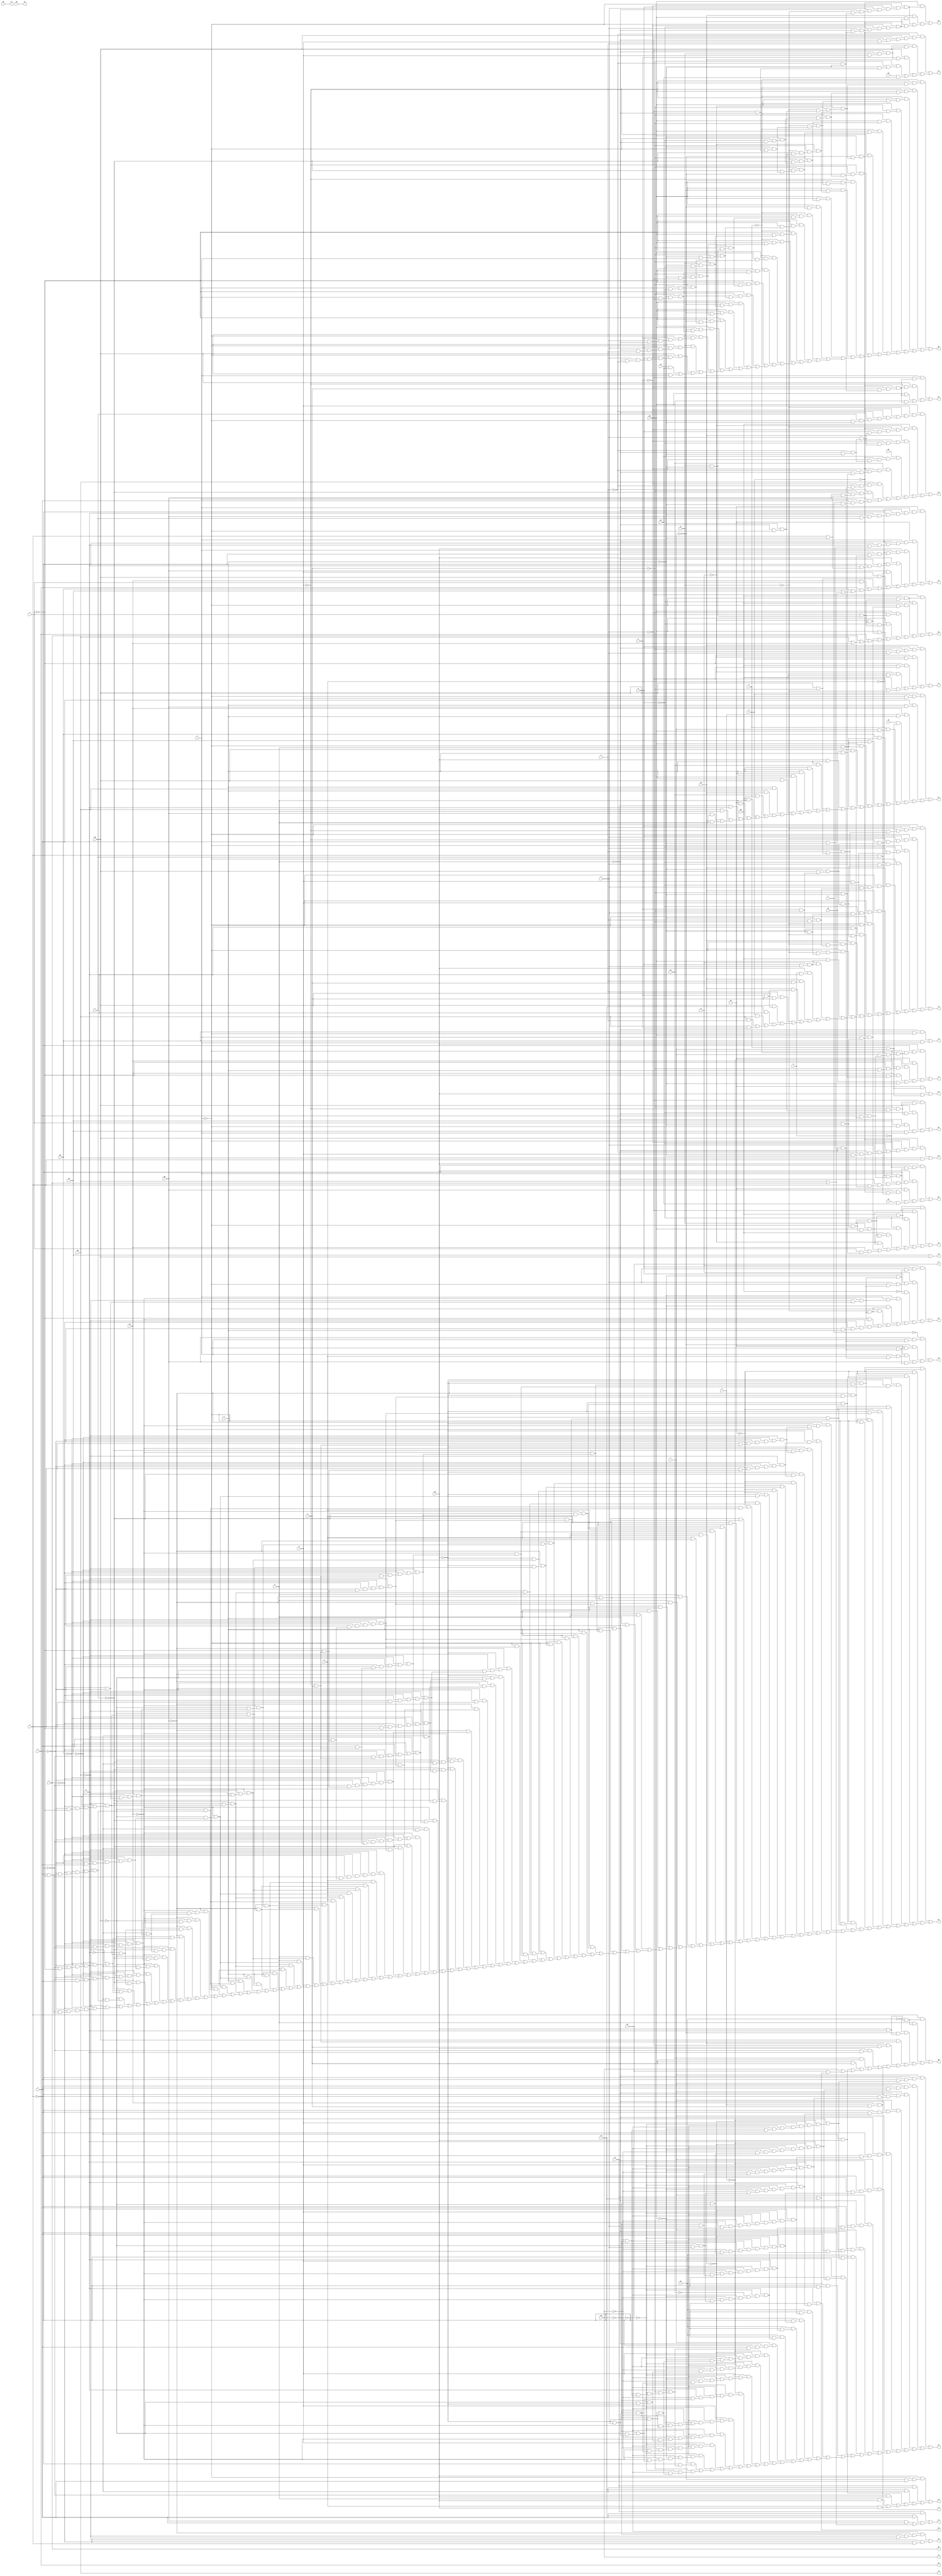
// IWLS benchmark module "x1" printed on Wed May 29 17:30:36 2002
module x1(a, b, c, d, e, f, g, h, i, j, k, l, m, n, o, p, q, r, s, t, u, v, w, y, z, a0, b0, c0, d0, e0, f0, g0, h0, i0, j0, k0, l0, m0, n0, o0, p0, q0, r0, s0, t0, u0, v0, w0, x0, y0, z0, a1, b1, c1, d1, e1, f1, g1, h1, i1, j1, k1, l1, m1, n1, o1, p1, q1, r1, s1, t1, u1, v1, w1, x1, y1, z1, a2, b2, c2, d2, e2, f2, g2, h2, i2);
input
  a,
  b,
  c,
  d,
  e,
  f,
  g,
  h,
  i,
  j,
  k,
  l,
  m,
  n,
  o,
  p,
  q,
  r,
  s,
  t,
  u,
  v,
  w,
  y,
  z,
  a0,
  b0,
  c0,
  d0,
  e0,
  f0,
  g0,
  h0,
  i0,
  j0,
  k0,
  l0,
  m0,
  n0,
  o0,
  p0,
  q0,
  r0,
  s0,
  t0,
  u0,
  v0,
  w0,
  x0,
  y0,
  z0;
output
  a1,
  a2,
  b1,
  b2,
  c1,
  c2,
  d1,
  d2,
  e1,
  e2,
  f1,
  f2,
  g1,
  g2,
  h1,
  h2,
  i1,
  i2,
  j1,
  k1,
  l1,
  m1,
  n1,
  o1,
  p1,
  q1,
  r1,
  s1,
  t1,
  u1,
  v1,
  w1,
  x1,
  y1,
  z1;
wire
  \[5] ,
  \[6] ,
  \[7] ,
  \[21] ,
  \[22] ,
  \[23] ,
  \[24] ,
  \[25] ,
  \[26] ,
  \[27] ,
  \[29] ,
  \[30] ,
  \[31] ,
  \[32] ,
  \[33] ,
  \[34] ,
  \[10] ,
  \[11] ,
  \[12] ,
  \[13] ,
  \[14] ,
  \[0] ,
  \[1] ,
  \[17] ,
  \[2] ,
  \[18] ,
  \[3] ,
  \[4] ;
assign
  \[5]  = (e0 & (p & (~m & (~h & (~a & o))))) | ((~i & (~q & q0)) | ((~i & (q0 & ~o)) | ((~q & (q0 & ~g)) | (q0 & (~o & ~g))))),
  \[6]  = (~s & (~d & (p0 & (~q & (~h & (~g & (~a & (~v & ~m)))))))) | ((~s & (~d & (p0 & (~h & (~g & (~a & (~v & (~p & ~m)))))))) | ((~s & (~d & (p0 & (~h & (~g & (~a & (~v & (~o & ~m)))))))) | ((~s & (p0 & (~q & (~h & (~g & (~c & (~a & (~v & ~m)))))))) | ((~s & (p0 & (~h & (~g & (~c & (~a & (~v & (~p & ~m)))))))) | ((~s & (p0 & (~h & (~g & (~c & (~a & (~v & (~o & ~m)))))))) | ((~d & (p0 & (~r & (~q & (~h & (~g & (~a & (~v & ~m)))))))) | ((~d & (p0 & (~r & (~h & (~g & (~a & (~v & (~p & ~m)))))))) | ((~d & (p0 & (~r & (~h & (~g & (~a & (~v & (~o & ~m)))))))) | ((p0 & (~r & (~q & (~h & (~g & (~c & (~a & (~v & ~m)))))))) | ((p0 & (~r & (~h & (~g & (~c & (~a & (~v & (~p & ~m)))))))) | ((p0 & (~r & (~h & (~g & (~c & (~a & (~v & (~o & ~m)))))))) | ((~s & (~i & (p0 & (~q & (~h & (g & ~a)))))) | ((~s & (~i & (p0 & (~q & (~h & (~a & v)))))) | ((~s & (~i & (p0 & (~h & (g & (~a & ~p)))))) | ((~s & (~i & (p0 & (~h & (g & (~a & ~o)))))) | ((~s & (~i & (p0 & (~h & (~a & (v & ~p)))))) | ((~s & (~i & (p0 & (~h & (~a & (v & ~o)))))) | ((~i & (p0 & (~r & (~q & (~h & (g & ~a)))))) | ((~i & (p0 & (~r & (~q & (~h & (~a & v)))))) | ((~i & (p0 & (~r & (~h & (g & (~a & ~p)))))) | ((~i & (p0 & (~r & (~h & (g & (~a & ~o)))))) | ((~i & (p0 & (~r & (~h & (~a & (v & ~p)))))) | ((~i & (p0 & (~r & (~h & (~a & (v & ~o)))))) | ((g & (d0 & (~v & (u & (p & (o & ~m)))))) | ((g & (d0 & (~v & (p & (o & (~m & e)))))) | ((d0 & (~v & (~u & (p & (o & (~m & ~e)))))) | ((v0 & o0) | (d0 & v)))))))))))))))))))))))))))),
  \[7]  = (e0 & (~o & (~w & (~u & (h & (~e & ~a)))))) | ((d0 & (~d & (~w & (~u & (h & (~e & ~a)))))) | ((p0 & (~w & (~u & (h & (~e & ~a))))) | (s0 & (~w & (~u & (h & (~e & ~a))))))),
  \[21]  = (~f & (g0 & (v & (~m & (~j & ~a))))) | ((~r & (k0 & (~v & (~m & (~j & ~a))))) | ((k0 & (v & (n & (~m & (~j & ~a))))) | (g0 & (~v & (~m & (~j & ~a)))))),
  \[22]  = (k0 & (s & r)) | (a0 & (s & r)),
  \[23]  = (r0 & ~j) | ((f0 & ~j) | ((g0 & ~j) | (h0 | z))),
  \[24]  = (~r0 & (~g0 & (~f0 & (~h0 & ~z)))) | (~h0 & (~z & j)),
  \[25]  = c0 | d0,
  \[26]  = r0 | f0,
  \[27]  = (p0 & (~w & (~v & (~u & (p & (o & (~m & (~g & (~e & ~a))))))))) | ((e0 & (~w & (~v & (~u & (p & (o & (~m & (~g & (~e & ~a))))))))) | ((p0 & (~w & (~v & (~u & (~p & (o & (~m & (~e & ~a)))))))) | (e0 & (~w & (~v & (~u & (~p & (o & (~m & (~e & ~a)))))))))),
  \[29]  = (~o & (q0 & (~v & (i & (g & ~a))))) | ((~p & (q0 & (~v & (i & (g & ~a))))) | ((q0 & (~v & (~q & (i & (g & ~a))))) | ((p0 & (~o & (i & (g & ~a)))) | ((p0 & (~p & (i & (g & ~a)))) | ((p0 & (~q & (i & (g & ~a)))) | ((p0 & (v & (i & ~a))) | (y | (z | (h0 | i0))))))))),
  a1 = \[0] ,
  a2 = \[26] ,
  b1 = \[1] ,
  b2 = \[27] ,
  c1 = \[2] ,
  c2 = h0,
  d1 = \[3] ,
  d2 = \[29] ,
  e1 = \[4] ,
  e2 = \[30] ,
  f1 = \[5] ,
  f2 = \[31] ,
  g1 = \[6] ,
  \[30]  = (q & (p & (o & (~p0 & (~i0 & (~h0 & (~z & ~y))))))) | ((q & (p & (o & (~v & (~i0 & (~h0 & (~z & ~y))))))) | ((~q0 & (~p0 & (~i0 & (~h0 & (~z & ~y))))) | ((~p0 & (v & (~i0 & (~h0 & (~z & ~y))))) | ((~p0 & (~g & (~i0 & (~h0 & (~z & ~y))))) | ((~v & (~g & (~i0 & (~h0 & (~z & ~y))))) | ((~i & (~i0 & (~h0 & (~z & ~y)))) | (~i0 & (~h0 & (~z & (~y & a)))))))))),
  g2 = \[32] ,
  h1 = \[7] ,
  \[31]  = (r & (~m & (l & (~j & (b & (~t & (~e0 & (d & (~x0 & (~s0 & (~r0 & (~p0 & (~m0 & ~f0))))))))))))) | ((r & (~m & (l & (~j & (b & (~t & (~e0 & (~x0 & (~s0 & (~r0 & (~p0 & (~m0 & (~f0 & ~d0))))))))))))) | ((r & (~m & (l & (~j & (b & (~t & (d & (~x0 & (~s0 & (~r0 & (~p0 & (~m0 & (~f0 & o))))))))))))) | ((r & (~m & (l & (~j & (b & (~t & (~x0 & (~s0 & (~r0 & (~p0 & (~m0 & (~f0 & (~d0 & o))))))))))))) | ((r & (~m & (l & (~j & (b & (~e0 & (d & (~x0 & (~s0 & (~r0 & (~p0 & (~m0 & (~i0 & ~f0))))))))))))) | ((r & (~m & (l & (~j & (b & (~e0 & (~x0 & (~s0 & (~r0 & (~p0 & (~m0 & (~i0 & (~f0 & ~d0))))))))))))) | ((r & (~m & (l & (~j & (b & (d & (~x0 & (~s0 & (~r0 & (~p0 & (~m0 & (~i0 & (~f0 & o))))))))))))) | ((r & (~m & (l & (~j & (b & (~x0 & (~s0 & (~r0 & (~p0 & (~m0 & (~i0 & (~f0 & (~d0 & o))))))))))))) | ((z0 & (l & (b & (~t & (~e0 & (d & (~x0 & (~s0 & (~r0 & (~p0 & (~m0 & ~f0))))))))))) | ((z0 & (l & (b & (~t & (~e0 & (~x0 & (~s0 & (~r0 & (~p0 & (~m0 & (~f0 & ~d0))))))))))) | ((z0 & (l & (b & (~t & (d & (~x0 & (~s0 & (~r0 & (~p0 & (~m0 & (~f0 & o))))))))))) | ((z0 & (l & (b & (~t & (~x0 & (~s0 & (~r0 & (~p0 & (~m0 & (~f0 & (~d0 & o))))))))))) | ((z0 & (l & (b & (~e0 & (d & (~x0 & (~s0 & (~r0 & (~p0 & (~m0 & (~i0 & ~f0))))))))))) | ((z0 & (l & (b & (~e0 & (~x0 & (~s0 & (~r0 & (~p0 & (~m0 & (~i0 & (~f0 & ~d0))))))))))) | ((z0 & (l & (b & (d & (~x0 & (~s0 & (~r0 & (~p0 & (~m0 & (~i0 & (~f0 & o))))))))))) | ((z0 & (l & (b & (~x0 & (~s0 & (~r0 & (~p0 & (~m0 & (~i0 & (~f0 & (~d0 & o))))))))))) | ((r & (~m & (l & (~j & (b & (~h & (~x0 & (~r0 & (~m0 & ~f0))))))))) | ((~t & (~e0 & (d & (~x0 & (~s0 & (~r0 & (~p0 & (~m0 & (~f0 & ~a0))))))))) | ((~t & (~e0 & (~x0 & (~s0 & (~r0 & (~p0 & (~m0 & (~f0 & (~d0 & ~a0))))))))) | ((~t & (d & (~x0 & (~s0 & (~r0 & (~p0 & (~m0 & (~f0 & (~a0 & o))))))))) | ((~t & (~x0 & (~s0 & (~r0 & (~p0 & (~m0 & (~f0 & (~d0 & (~a0 & o))))))))) | ((~e0 & (d & (~x0 & (~s0 & (~r0 & (~p0 & (~m0 & (~i0 & (~f0 & ~a0))))))))) | ((~e0 & (~x0 & (~s0 & (~r0 & (~p0 & (~m0 & (~i0 & (~f0 & (~d0 & ~a0))))))))) | ((d & (~x0 & (~s0 & (~r0 & (~p0 & (~m0 & (~i0 & (~f0 & (~a0 & o))))))))) | ((~x0 & (~s0 & (~r0 & (~p0 & (~m0 & (~i0 & (~f0 & (~d0 & (~a0 & o))))))))) | ((z0 & (l & (b & (~h & (~x0 & (~r0 & (~m0 & ~f0))))))) | (~h & (~x0 & (~r0 & (~m0 & (~f0 & ~a0)))))))))))))))))))))))))))))),
  h2 = \[33] ,
  i1 = m0,
  \[32]  = (j & (~z0 & (a0 & b))) | ((m & (~z0 & (a0 & b))) | ((~z0 & (~r & (a0 & b))) | ((d0 & (~d & h)) | ((e0 & (~o & h)) | ((i0 & (t & h)) | ((a0 & (~l & b)) | ((s0 & h) | ((p0 & h) | ((a0 & ~b) | (m0 | (x0 | (r0 | f0)))))))))))),
  i2 = \[34] ,
  j1 = n0,
  \[33]  = (~k0 & (~g0 & (~a0 & (~i0 & (~h0 & (~c0 & (~b0 & (~z & (~y & (h & ~d)))))))))) | ((~k0 & (~g0 & (~a0 & (~h0 & (~c0 & (~b0 & (~z & (~y & (~i & (h & ~d)))))))))) | ((~k0 & (~a0 & (~i0 & (~c & (~h0 & (~c0 & (~b0 & (~z & (~y & (h & ~d)))))))))) | ((~k0 & (~a0 & (~i0 & (~h0 & (~c0 & (~b0 & (~z & (~y & (~j & (h & ~d)))))))))) | ((~k0 & (~a0 & (~c & (~h0 & (~c0 & (~b0 & (~z & (~y & (~i & (h & ~d)))))))))) | ((~k0 & (~a0 & (~h0 & (~c0 & (~b0 & (~z & (~y & (~j & (~i & (h & ~d)))))))))) | ((~v & (~g0 & (~a0 & (~i0 & (~h0 & (~c0 & (~b0 & (~z & (~y & (h & ~d)))))))))) | ((~v & (~g0 & (~a0 & (~h0 & (~c0 & (~b0 & (~z & (~y & (~i & (h & ~d)))))))))) | ((~v & (~a0 & (~i0 & (~c & (~h0 & (~c0 & (~b0 & (~z & (~y & (h & ~d)))))))))) | ((~v & (~a0 & (~c & (~h0 & (~c0 & (~b0 & (~z & (~y & (~i & (h & ~d)))))))))) | ((~g0 & (~a0 & (~i0 & (~h0 & (~c0 & (~b0 & (~z & (~y & (j & (h & ~d)))))))))) | ((~g0 & (~a0 & (~h0 & (~c0 & (~b0 & (~z & (~y & (j & (~i & (h & ~d)))))))))) | ((~a0 & (~i0 & (~c & (~h0 & (~c0 & (~b0 & (~z & (~y & (j & (h & ~d)))))))))) | ((~a0 & (~c & (~h0 & (~c0 & (~b0 & (~z & (~y & (j & (~i & (h & ~d)))))))))) | ((~k0 & (~g0 & (~a0 & (~i0 & (~d0 & (~h0 & (~c0 & (~b0 & (~z & ~y))))))))) | ((~k0 & (~g0 & (~a0 & (~d0 & (~h0 & (~c0 & (~b0 & (~z & (~y & ~i))))))))) | ((~k0 & (~a0 & (~i0 & (~d0 & (~c & (~h0 & (~c0 & (~b0 & (~z & ~y))))))))) | ((~k0 & (~a0 & (~i0 & (~d0 & (~h0 & (~c0 & (~b0 & (~z & (~y & ~j))))))))) | ((~k0 & (~a0 & (~d0 & (~c & (~h0 & (~c0 & (~b0 & (~z & (~y & ~i))))))))) | ((~k0 & (~a0 & (~d0 & (~h0 & (~c0 & (~b0 & (~z & (~y & (~j & ~i))))))))) | ((n & (~g0 & (~i0 & (~h0 & (~c0 & (~b0 & (~z & (~y & (h & ~d))))))))) | ((n & (~g0 & (~h0 & (~c0 & (~b0 & (~z & (~y & (~i & (h & ~d))))))))) | ((n & (~i0 & (~c & (~h0 & (~c0 & (~b0 & (~z & (~y & (h & ~d))))))))) | ((n & (~i0 & (~h0 & (~c0 & (~b0 & (~z & (~y & (~j & (h & ~d))))))))) | ((n & (~c & (~h0 & (~c0 & (~b0 & (~z & (~y & (~i & (h & ~d))))))))) | ((n & (~h0 & (~c0 & (~b0 & (~z & (~y & (~j & (~i & (h & ~d))))))))) | ((m & (~g0 & (~i0 & (~h0 & (~c0 & (~b0 & (~z & (~y & (h & ~d))))))))) | ((m & (~g0 & (~h0 & (~c0 & (~b0 & (~z & (~y & (~i & (h & ~d))))))))) | ((m & (~i0 & (~c & (~h0 & (~c0 & (~b0 & (~z & (~y & (h & ~d))))))))) | ((m & (~i0 & (~h0 & (~c0 & (~b0 & (~z & (~y & (~j & (h & ~d))))))))) | ((m & (~c & (~h0 & (~c0 & (~b0 & (~z & (~y & (~i & (h & ~d))))))))) | ((m & (~h0 & (~c0 & (~b0 & (~z & (~y & (~j & (~i & (h & ~d))))))))) | ((a & (~g0 & (~i0 & (~h0 & (~c0 & (~b0 & (~z & (~y & (h & ~d))))))))) | ((a & (~g0 & (~h0 & (~c0 & (~b0 & (~z & (~y & (~i & (h & ~d))))))))) | ((a & (~i0 & (~c & (~h0 & (~c0 & (~b0 & (~z & (~y & (h & ~d))))))))) | ((a & (~i0 & (~h0 & (~c0 & (~b0 & (~z & (~y & (~j & (h & ~d))))))))) | ((a & (~c & (~h0 & (~c0 & (~b0 & (~z & (~y & (~i & (h & ~d))))))))) | ((a & (~h0 & (~c0 & (~b0 & (~z & (~y & (~j & (~i & (h & ~d))))))))) | ((~v & (~g0 & (~a0 & (~i0 & (~d0 & (~h0 & (~c0 & (~b0 & (~z & ~y))))))))) | ((~v & (~g0 & (~a0 & (~d0 & (~h0 & (~c0 & (~b0 & (~z & (~y & ~i))))))))) | ((~v & (~a0 & (~i0 & (~d0 & (~c & (~h0 & (~c0 & (~b0 & (~z & ~y))))))))) | ((~v & (~a0 & (~d0 & (~c & (~h0 & (~c0 & (~b0 & (~z & (~y & ~i))))))))) | ((~v & (~i0 & (~h0 & (~c0 & (~b0 & (~z & (~y & (~j & (h & ~d))))))))) | ((~v & (~h0 & (~c0 & (~b0 & (~z & (~y & (~j & (~i & (h & ~d))))))))) | ((~g0 & (~a0 & (~i0 & (~d0 & (~h0 & (~c0 & (~b0 & (~z & (~y & j))))))))) | ((~g0 & (~a0 & (~d0 & (~h0 & (~c0 & (~b0 & (~z & (~y & (j & ~i))))))))) | ((~g0 & (~i0 & (~b & (~h0 & (~c0 & (~b0 & (~z & (~y & (h & ~d))))))))) | ((~g0 & (~i0 & (~h0 & (~c0 & (~b0 & (~z & (~y & (~l & (h & ~d))))))))) | ((~g0 & (~b & (~h0 & (~c0 & (~b0 & (~z & (~y & (~i & (h & ~d))))))))) | ((~g0 & (~h0 & (~c0 & (~b0 & (~z & (~y & (~l & (~i & (h & ~d))))))))) | ((~a0 & (~i0 & (~d0 & (~c & (~h0 & (~c0 & (~b0 & (~z & (~y & j))))))))) | ((~a0 & (~d0 & (~c & (~h0 & (~c0 & (~b0 & (~z & (~y & (j & ~i))))))))) | ((~i0 & (~c & (~b & (~h0 & (~c0 & (~b0 & (~z & (~y & (h & ~d))))))))) | ((~i0 & (~c & (~h0 & (~c0 & (~b0 & (~z & (~y & (~l & (h & ~d))))))))) | ((~i0 & (~b & (~h0 & (~c0 & (~b0 & (~z & (~y & (~j & (h & ~d))))))))) | ((~i0 & (~h0 & (~c0 & (~b0 & (~z & (~y & (~l & (~j & (h & ~d))))))))) | ((~c & (~b & (~h0 & (~c0 & (~b0 & (~z & (~y & (~i & (h & ~d))))))))) | ((~c & (~h0 & (~c0 & (~b0 & (~z & (~y & (~l & (~i & (h & ~d))))))))) | ((~b & (~h0 & (~c0 & (~b0 & (~z & (~y & (~j & (~i & (h & ~d))))))))) | ((~h0 & (~c0 & (~b0 & (~z & (~y & (~l & (~j & (~i & (h & ~d))))))))) | ((n & (~g0 & (~i0 & (~d0 & (~h0 & (~c0 & (~b0 & (~z & ~y)))))))) | ((n & (~g0 & (~d0 & (~h0 & (~c0 & (~b0 & (~z & (~y & ~i)))))))) | ((n & (~i0 & (~d0 & (~c & (~h0 & (~c0 & (~b0 & (~z & ~y)))))))) | ((n & (~i0 & (~d0 & (~h0 & (~c0 & (~b0 & (~z & (~y & ~j)))))))) | ((n & (~d0 & (~c & (~h0 & (~c0 & (~b0 & (~z & (~y & ~i)))))))) | ((n & (~d0 & (~h0 & (~c0 & (~b0 & (~z & (~y & (~j & ~i)))))))) | ((m & (~g0 & (~i0 & (~d0 & (~h0 & (~c0 & (~b0 & (~z & ~y)))))))) | ((m & (~g0 & (~d0 & (~h0 & (~c0 & (~b0 & (~z & (~y & ~i)))))))) | ((m & (~i0 & (~d0 & (~c & (~h0 & (~c0 & (~b0 & (~z & ~y)))))))) | ((m & (~i0 & (~d0 & (~h0 & (~c0 & (~b0 & (~z & (~y & ~j)))))))) | ((m & (~d0 & (~c & (~h0 & (~c0 & (~b0 & (~z & (~y & ~i)))))))) | ((m & (~d0 & (~h0 & (~c0 & (~b0 & (~z & (~y & (~j & ~i)))))))) | ((a & (~g0 & (~i0 & (~d0 & (~h0 & (~c0 & (~b0 & (~z & ~y)))))))) | ((a & (~g0 & (~d0 & (~h0 & (~c0 & (~b0 & (~z & (~y & ~i)))))))) | ((a & (~i0 & (~d0 & (~c & (~h0 & (~c0 & (~b0 & (~z & ~y)))))))) | ((a & (~i0 & (~d0 & (~h0 & (~c0 & (~b0 & (~z & (~y & ~j)))))))) | ((a & (~d0 & (~c & (~h0 & (~c0 & (~b0 & (~z & (~y & ~i)))))))) | ((a & (~d0 & (~h0 & (~c0 & (~b0 & (~z & (~y & (~j & ~i)))))))) | ((~v & (~i0 & (~d0 & (~h0 & (~c0 & (~b0 & (~z & (~y & ~j)))))))) | ((~v & (~d0 & (~h0 & (~c0 & (~b0 & (~z & (~y & (~j & ~i)))))))) | ((~g0 & (~i0 & (~d0 & (~b & (~h0 & (~c0 & (~b0 & (~z & ~y)))))))) | ((~g0 & (~i0 & (~d0 & (~h0 & (~c0 & (~b0 & (~z & (~y & ~l)))))))) | ((~g0 & (~d0 & (~b & (~h0 & (~c0 & (~b0 & (~z & (~y & ~i)))))))) | ((~g0 & (~d0 & (~h0 & (~c0 & (~b0 & (~z & (~y & (~l & ~i)))))))) | ((~i0 & (~d0 & (~c & (~b & (~h0 & (~c0 & (~b0 & (~z & ~y)))))))) | ((~i0 & (~d0 & (~c & (~h0 & (~c0 & (~b0 & (~z & (~y & ~l)))))))) | ((~i0 & (~d0 & (~b & (~h0 & (~c0 & (~b0 & (~z & (~y & ~j)))))))) | ((~i0 & (~d0 & (~h0 & (~c0 & (~b0 & (~z & (~y & (~l & ~j)))))))) | ((~d0 & (~c & (~b & (~h0 & (~c0 & (~b0 & (~z & (~y & ~i)))))))) | ((~d0 & (~c & (~h0 & (~c0 & (~b0 & (~z & (~y & (~l & ~i)))))))) | ((~d0 & (~b & (~h0 & (~c0 & (~b0 & (~z & (~y & (~j & ~i)))))))) | (~d0 & (~h0 & (~c0 & (~b0 & (~z & (~y & (~l & (~j & ~i)))))))))))))))))))))))))))))))))))))))))))))))))))))))))))))))))))))))))))))))))))))))))))))))))),
  k1 = \[10] ,
  \[34]  = (k0 & (v & (~n & (~m & (l & (b & (~a & (g0 & c)))))))) | ((k0 & (v & (~n & (~m & (l & (b & (~a & ~j))))))) | ((a0 & (v & (~n & (~m & (l & (b & ~a)))))) | ((a0 & (~n & (~m & (l & (b & (~a & j)))))) | ((g0 & (j & c)) | ((d & d0) | ((d0 & ~h) | ((i0 & i) | (y | (b0 | (c0 | (h0 | z))))))))))),
  l1 = \[11] ,
  m1 = \[12] ,
  n1 = \[13] ,
  o1 = \[14] ,
  p1 = y,
  q1 = z,
  \[10]  = (d0 & (w & (~v & d))) | ((~j & (a & g0)) | ((i0 & (t & a)) | ((l0 & (s & r)) | ((s & (r & p0)) | ((b0 & (~v & m)) | ((c0 & (~v & m)) | ((p0 & (~v & m)) | ((d0 & (~v & m)) | ((j0 & a) | ((a0 & a) | ((a & s0) | ((a & q0) | ((a & k0) | ((a & p0) | ((a & d0) | ((a & h0) | ((a & e0) | ((s0 & m) | ((q0 & m) | ((k0 & m) | ((r0 & b) | ((h0 & m) | ((g0 & m) | (e0 & m)))))))))))))))))))))))),
  r1 = \[17] ,
  \[11]  = (~v & (p & (o & (~g & (~d & (~a & (e & (d0 & ~h)))))))) | ((~v & (p & (o & (~g & (~d & (~a & (d0 & (u & ~h)))))))) | ((~v & (~p & (o & (d & (~a & (e & (d0 & ~h))))))) | ((~v & (~p & (o & (d & (~a & (d0 & (u & ~h))))))) | ((e0 & (~v & (~p & (o & (~a & (e & ~h)))))) | ((e0 & (~v & (~p & (o & (~a & (u & ~h)))))) | ((~v & (~g & (d & (~a & (e & (d0 & ~h)))))) | ((~v & (~g & (d & (~a & (d0 & (u & ~h)))))) | ((e0 & (~v & (~g & (~a & (e & ~h))))) | ((e0 & (~v & (~g & (~a & (u & ~h))))) | ((q0 & (q & (p & o))) | ((p0 & (q & (p & o))) | ((a0 & (k & b)) | ((e0 & (e & h)) | ((e0 & (u & h)) | ((e & (d0 & h)) | ((d0 & (u & h)) | ((f0 & b) | ((w & h0) | ((h0 & e) | (h0 & u)))))))))))))))))))),
  s1 = \[18] ,
  \[12]  = (d0 & (~w & (~v & (~u & (~p & (o & (~m & (~e & (d & ~a))))))))) | (h0 & j),
  t1 = x0,
  \[13]  = (p0 & (d & (~g & (~w & (~u & (~e & (~m & (c & (~v & ~a))))))))) | ((q0 & (~q & (~g & (~w & (~u & (p & (o & (~e & (~m & ~a))))))))) | ((e0 & (~w & (~u & (~p & (o & (~e & (~m & ~a))))))) | ((w0 & (o0 & (~w & (~u & (~e & (~m & ~a)))))) | ((s0 & (~w & (~u & (~e & (~m & (~h & ~a)))))) | ((h0 & (~w & (~u & (~e & (~m & (~j & ~a)))))) | ((~m & (~h & (~c & (g0 & (j & ~a))))) | (g0 & (v & (~j & (f & ~a)))))))))),
  u1 = y0,
  \[14]  = (~o & (q0 & (g & (~v & (i & ~a))))) | ((~o & (g & (p0 & (~v & (i & ~a))))) | ((~p & (q0 & (g & (~v & (i & ~a))))) | ((~p & (g & (p0 & (~v & (i & ~a))))) | ((q0 & (~q & (g & (~v & (i & ~a))))) | ((~q & (g & (p0 & (~v & (i & ~a))))) | ((p0 & (v & (i & ~a))) | (i0 & (i & (~h & ~a))))))))),
  v1 = \[21] ,
  \[0]  = (a0 & (~v & (~r & ~j))) | ((r0 & ~b) | ((f0 & ~b) | ((~b & a0) | ((~l & a0) | ((m & a0) | (n & a0)))))),
  w1 = \[22] ,
  \[1]  = (a0 & (l & (~k & (v & (~n & (~m & (~j & (b & ~a)))))))) | ((a0 & (l & (~k & (~n & (~m & (j & (b & ~a))))))) | ((k0 & (v & (~n & (~m & (~j & (b & ~a)))))) | ((g0 & (~w & (c & j))) | (t0 & o0)))),
  x1 = \[23] ,
  \[17]  = (a0 & (l & (~k & (~v & (~s & (r & (~m & (~j & (b & ~a))))))))) | ((k0 & (~v & (~s & (r & (~m & (~j & (b & ~a))))))) | ((~t & (i0 & (~i & (~h & a)))) | ((i0 & (~i & (~h & ~a))) | (j0 & ~a)))),
  \[2]  = (~m & (b0 & ~v)) | (b0 & v),
  y1 = \[24] ,
  \[18]  = i0 & (t & h),
  \[3]  = (~o & (d0 & (~h & (~d & (~a & (~m & ~v)))))) | ((d0 & (~p & (~h & (~d & (~a & (~m & ~v)))))) | ((~m & (c0 & ~v)) | (c0 & v))),
  z1 = \[25] ,
  \[4]  = (~w & (~e & (d0 & (~u & (~o & (~m & d)))))) | ((e & (d0 & (~o & (~m & (g & d))))) | ((d0 & (u & (~o & (~m & (g & d))))) | ((e0 & (~h & (~a & (~o & ~m)))) | (u0 & o0))));
endmodule